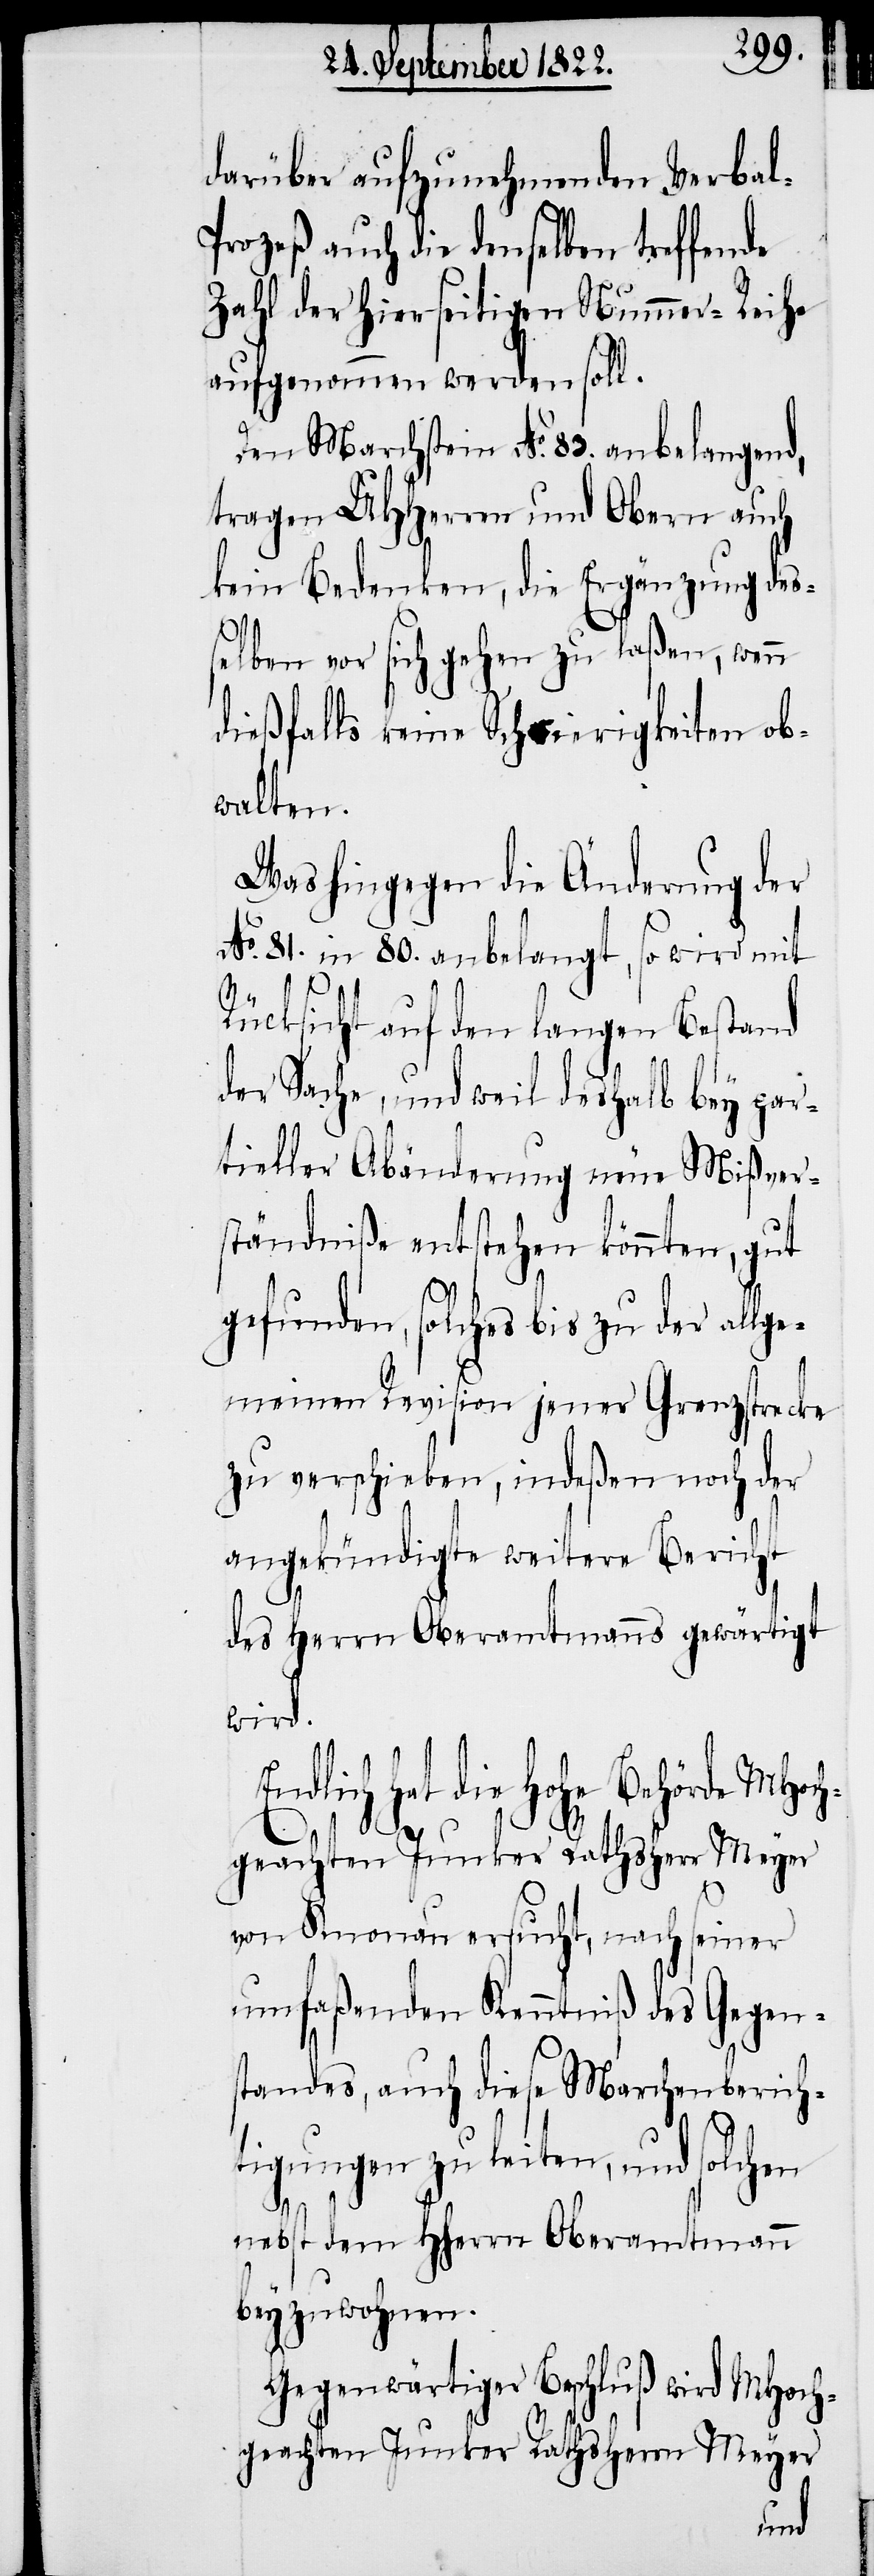
darüber aufzunehmenden Verba¬
rozeß auch die denselben treffende
Zahl der hierseitigen Nummer-Reihe
aufgenommen werden soll.
Den Marchstein No. 83. anbelangend,
tragen UHHerrn und Obern auch
kein Bedenken, die Ergänzung des¬
selben vor sich gehen zu laßen, wenn
dießfalls keine Schwierigkeiten ob¬
walten.
Was hingegen die Änderung der
No. 81. in 80. angelangt, so wird mit
Rücksicht auf den langen Bestand
der Sache, und weil deshalb bey par¬
tieller Abänderung neue Mißver¬
ständniße entstehen könnten, gut
gefunden, solches bis zu de allge¬
meinen Revision jener Grenzstrecke
zu verschieben, indeßen noch der
angekündigte weitere Bericht
E¬
des Herrn Oberamtmanns gewärtigt
wird.
ndlich hat die Hohe Behörde MHoch¬
geachten Junker Rathsherr Meyer
von Knonau ersucht, nach seiner
umfaßenden Kenntniß des Gegens¬
tandes, auch diese Marchenberich¬
tigungen zu leiten, und solchen
nebst dem HHerrn Oberamtmann
beyzuwohnen.
Gegenwärtiger Beschluß wird MHoch¬
geachten Junker Rathsherrn Meyer